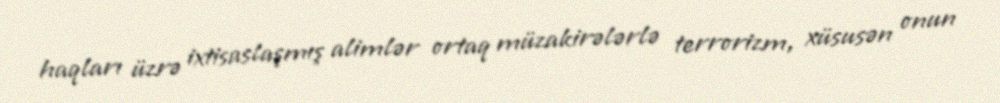
haqları üzrə ixtisaslaşmış alimlər ortaq müzakirələrlə terrorizm, xüsusən onun